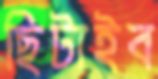
ছিটাইব